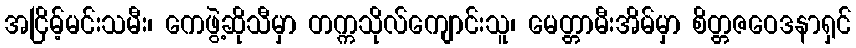
အငြိမ့်မင်းသမီး၊ ကေဖွဲ့ဆိုသီမှာ တက္ကသိုလ်ကျောင်းသူ၊ မေတ္တာမီးအိမ်မှာ စိတ္တဇဝေဒနာရှင်